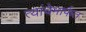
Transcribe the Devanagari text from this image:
त्यांचेमार्फत